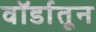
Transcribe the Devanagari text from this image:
वॉर्डातून